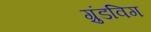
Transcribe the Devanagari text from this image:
ग्रुंडविग